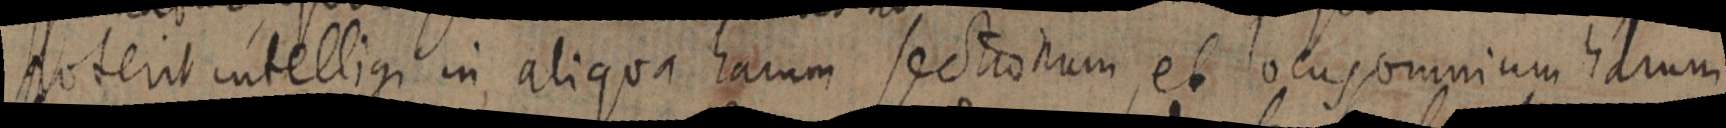
poterit intelligi in aliqua harum sectionum et locus omnium harum